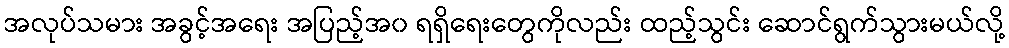
အလုပ်သမား အခွင့်အရေး အပြည့်အ၀ ရရှိရေးတွေကိုလည်း ထည့်သွင်း ဆောင်ရွက်သွားမယ်လို့